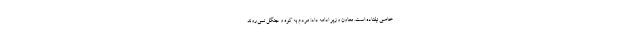
خاصی نیفتاده است. معاون وزیر ادامه داد: مردم به کوه و جنگل نمی‌روند